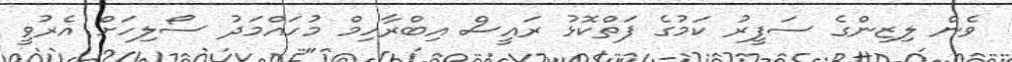
ވެން ލިޒިންގެ ސަފީރު ކަމުގެ ފަތްކޮޅު ރައީސް އިބްރާހިމް މުހައްމަދު ސޯލިހަށް އެރުވީ